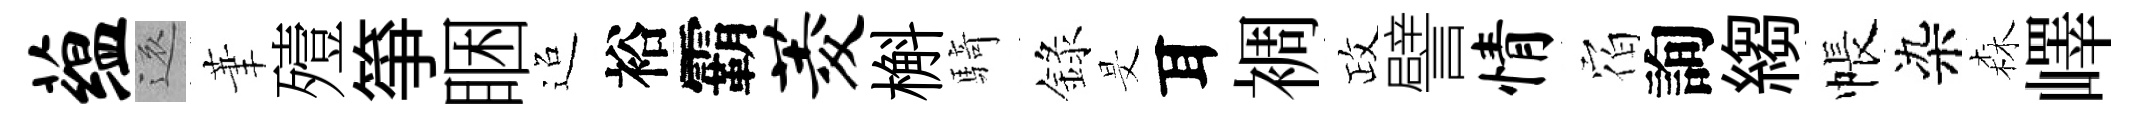
蕴還茟殪箏睏迢裕霸菱槲騎錄旻耳裯政譬情𪧐詢縐帳染森嶧